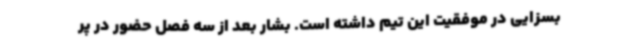
بسزایی در موفقیت این تیم داشته است. بشار بعد از سه فصل حضور در پر